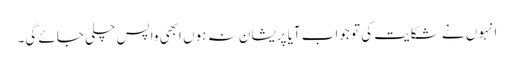
انہوں نے شکایت کی تو جواب آیا پریشان نہ ہوں ابھی واپس چلی جائے گی۔